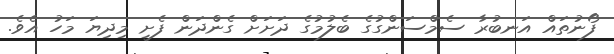
ފޯނުތައް އަނބުރާ ސެމްސަންގުގެ ބެލުމުގެ ދަށަށް ގެންދަން ފެށީ މިދިޔަ މަހު އެވެ.